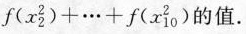
f ( x _ { 2 } ^ { 2 } ) + … + f ( x _ { 1 0 } ^ { 2 } )$$的值.